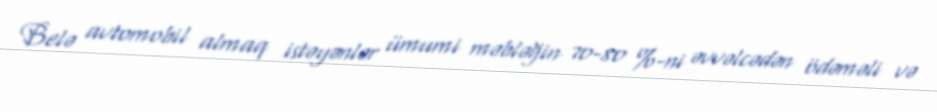
Belə avtomobil almaq istəyənlər ümumi məbləğin 70-80 %-ni əvvəlcədən ödəməli və